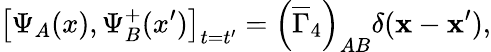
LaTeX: \left[\Psi_{A}(x),\Psi_{B}^{+}(x^{\prime})\right]_{t=t^{\prime}}=\left(\overline{{{\Gamma}}}_{4}\right)_{AB}\delta(\mathbf{x}-\mathbf{x}^{\prime}),